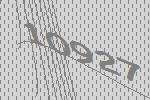
10927